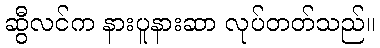
ဆွီလင်က နားပူနားဆာ လုပ်တတ်သည်။